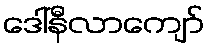
ဒေါ်နီလာကျော်